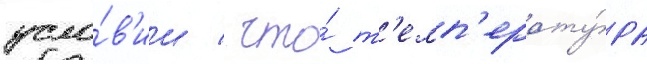
усло́в'ии / что́ т'емп'ерату́ра